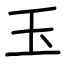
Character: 玉